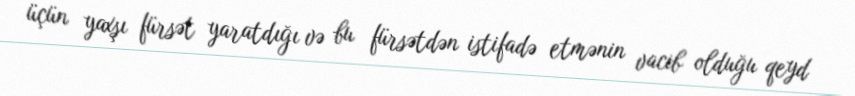
üçün yaxşı fürsət yaratdığı və bu fürsətdən istifadə etmənin vacib olduğu qeyd